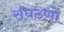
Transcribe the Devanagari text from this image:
संघठणों